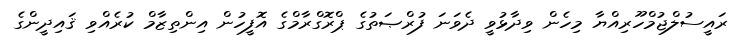
ރައީސުލްޖުމްހޫރިއްޔާ މިހެން ވިދާޅުވީ ދެވަނަ ފުރްޞަތުގެ ޕްރޮގްރާމްގެ އޮފީހުން އިންތިޒާމް ކުރެއްވި ޤައިދީންގެ